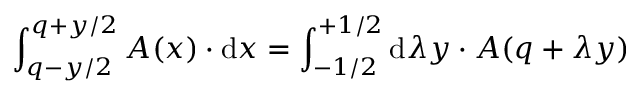
\int _ { q - y / 2 } ^ { q + y / 2 } { \cal A } ( x ) \cdot \mathrm { d } { x } = \int _ { - 1 / 2 } ^ { + 1 / 2 } \mathrm { d } { \lambda } y \cdot { \cal A } ( q + \lambda y )